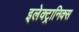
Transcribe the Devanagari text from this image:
इलेक्ट्रानिक्‍स